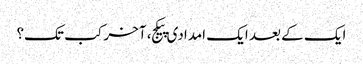
ایک کے بعد ایک امدادی پیکج، آخر کب تک؟